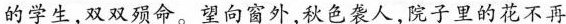
的学生，双双殒命。望向窗外，秋色袭人，院子里的花不再